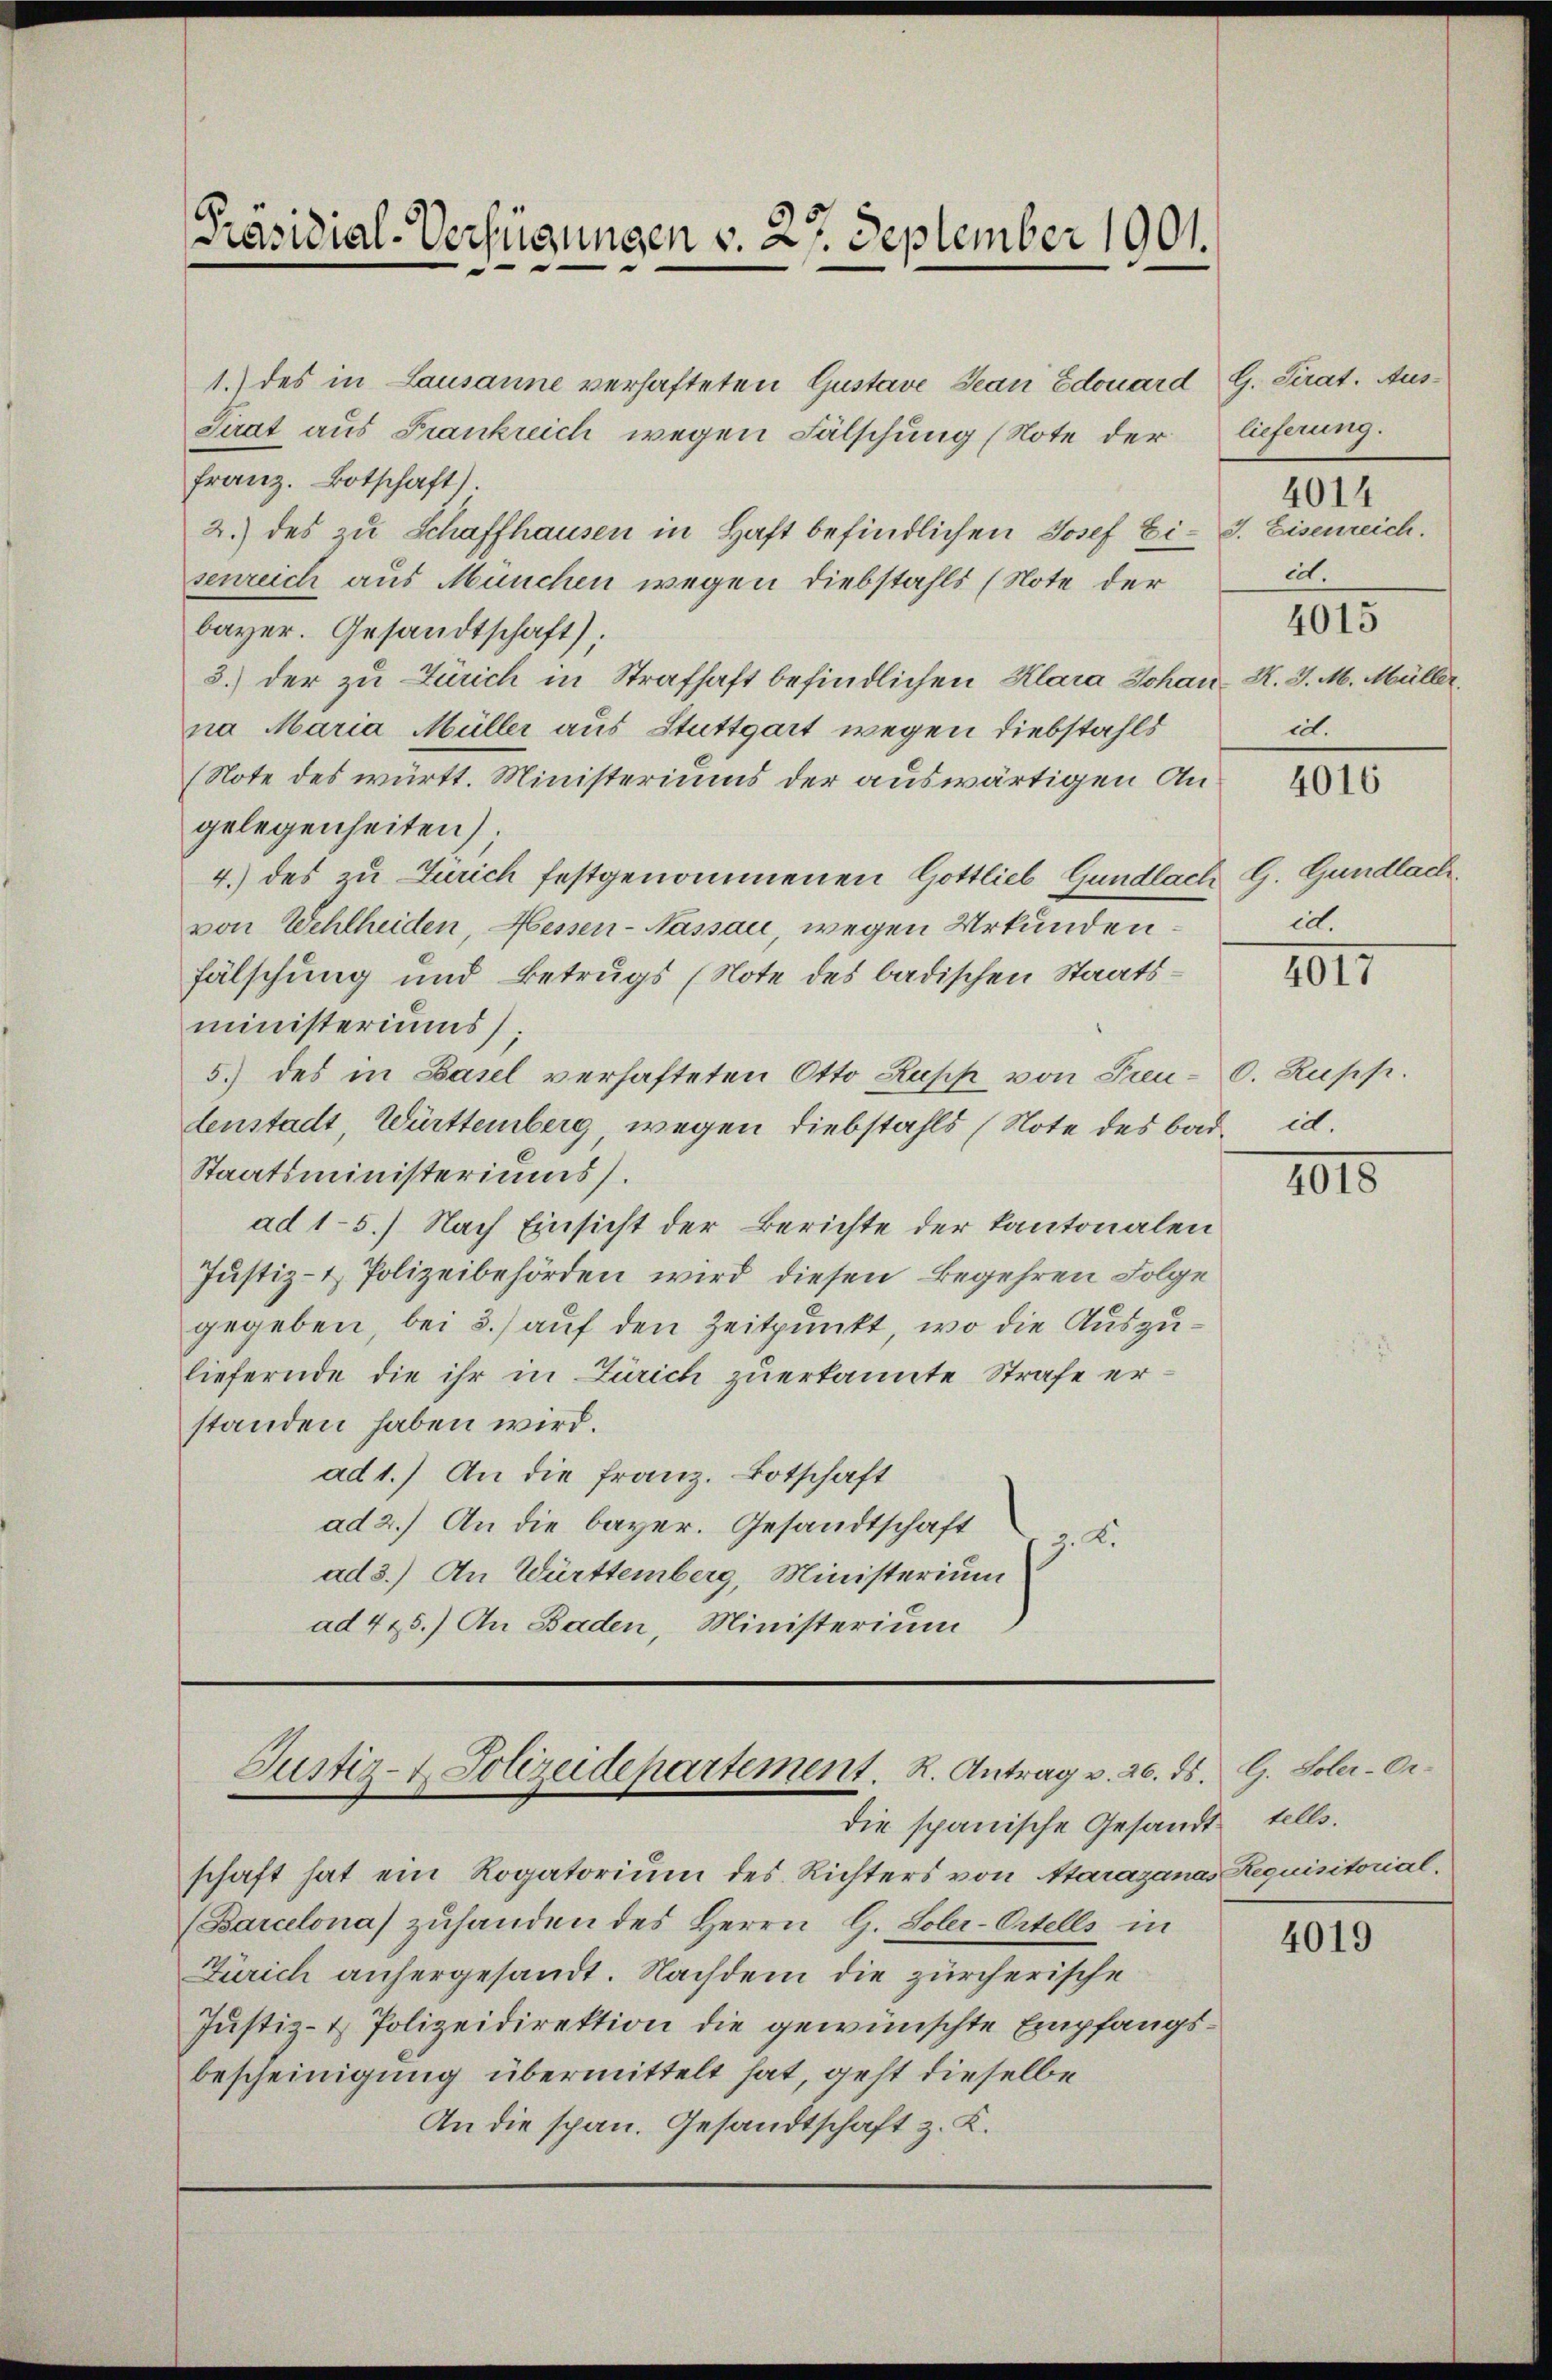
Präsidial-Verfügungen v. 27. September 1901.

1.) des in Lausanne verhafteten Gustave Jean Edouard G. Sirat. Aus¬
Sirat aus Frankreich wegen Fälschung (Note der lieferung.
franz. Botschaft).
2.) des zu Schaffhausen in Haft befindlichen Josef Ei- J. Eisenreich.
senreich aus München wegen Diebstahls (Note der
bayer. Gesandtschaft).
3.) der zu Zürich in Strafhaft befindlichen Klara Johan- K. J. M. Müller,
na Maria Müller aus Stuttgart wegen Diebstahls
(Note des württ. Ministeriums der auswärtigen Angelegenheiten);
4.) des zu Zürich festgenommenen Gottlieb Gundlach
von Wehlheiden, Messen-Nassau, wegen Urkundenfälschung und Betrugs (Note des badischen Staatsministeriums);
5.) des in Basel verhafteten Otto Rupp von Feu-C. Rupp.
denstadt Württemberg wegen Diebstahls (Note des bad. id.
Staatsministeriums.
ad 1-5.) Nach Einsicht der Berichte der Kantonalen
Justiz- & Polizeibehörden wird diesen Begehren Folge
gegeben, bei 3.) auf den Zeitpunkt, wo die Auszuliefernde die ihr in Zürich zuerkannte Strafe erstanden haben wird.
ad 1.) An die Franz. Botschaft
ad 2.) An die bayer. Gesandtschaft
9.2.
ad 3.) An Württemberg, Ministerium
ad 425.) An Baden, Ministerium

Justiz- & Polizeidepartement. R. Antrag v. 26. ds. G. Soler-Ordie spanische Gesandt tells.

dt.
4015
ict.

schaft hat ein Rogatorium des Richters von Aarazanas Requisitorial-
(Barcelona) zŭhanden des Herrn G. Soler-Ortells in
Zürich anhergesandt. Nachdem die zürcherische
Justiz- & Polizeidirektion die gewünschte Empfangsbescheinigung übermittelt hat, geht dieselbe
An die span. Gesandtschaft z. K.

4014

4016

G. Gundlach
ict.

1017

1015

4019